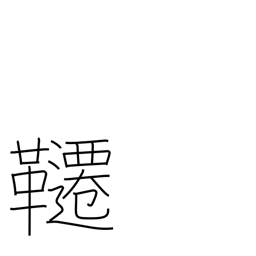
Meaning: trapeze